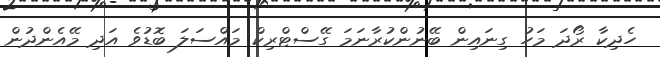
ހެދިކާ ރޯދަ މަހު ގިނައިން ބޭނުންކުރާނަމަ ގޭސްޓްރިކް މައްސަލަ ބޮޑުވެ އަދި މޭއެންދުން